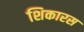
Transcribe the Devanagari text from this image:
शिकारस